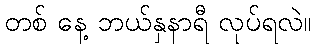
တစ် နေ့ ဘယ်နှနာရီ လုပ်ရလဲ။